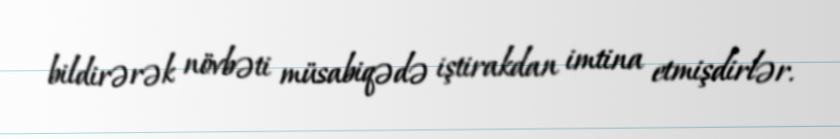
bildirərək növbəti müsabiqədə iştirakdan imtina etmişdirlər.